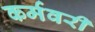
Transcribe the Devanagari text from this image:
कर्मवरी